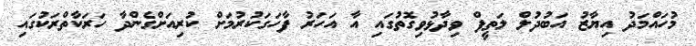
މުހައްމަދު އިޔާޒު އަބުދުލް ލަތީފް ވިދާޅުވިގޮތުގައި އާ އަހަރު ފާހަގަކުރުމަށް ކުރިއަށްގެންދާ ހަރަކާތްރަކުގައި